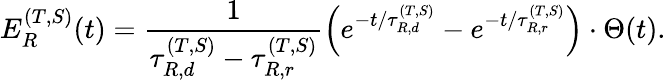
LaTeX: E_{R}^{(T,S)}(t)=\frac{1}{\tau_{R,d}^{(T,S)}-\tau_{R,r}^{(T,S)}}\left(e^{-t/\tau_{R,d}^{(T,S)}}-e^{-t/\tau_{R,r}^{(T,S)}}\right)\cdot\Theta(t).